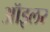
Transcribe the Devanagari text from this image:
ऑइलर